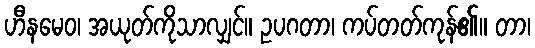
ဟီနမေဝ၊ အယုတ်ကိုသာလျှင်။ ဥပဂတာ၊ ကပ်တတ်ကုန်၏။ တာ၊